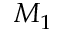
M _ { 1 }